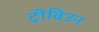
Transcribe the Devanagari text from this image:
ट्रीबिउन